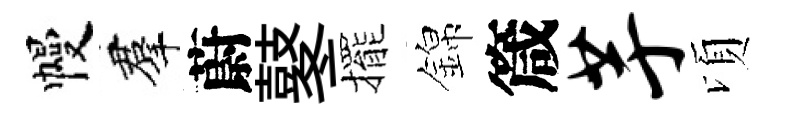
幔羣蔚鼕擺錦箴芋頃